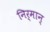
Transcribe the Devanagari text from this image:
निर्मान्